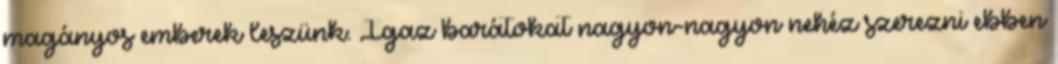
magányos emberek leszünk. Igaz barátokat nagyon-nagyon nehéz szerezni ebben